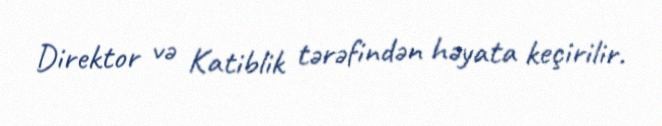
Direktor və Katiblik tərəfindən həyata keçirilir.